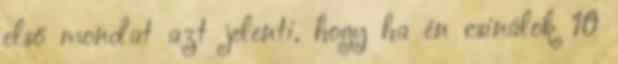
első mondat azt jelenti, hogy ha én csinálok 10